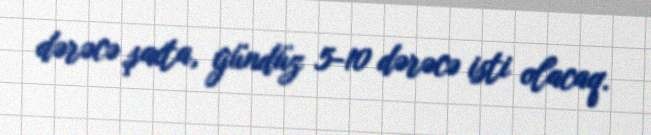
dərəcə şaxta, gündüz 5-10 dərəcə isti olacaq.